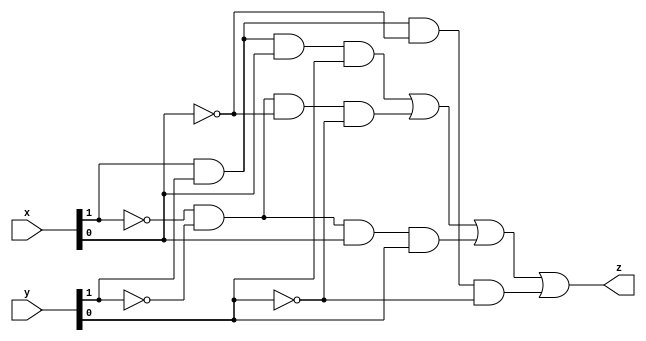
module comparator2bit(
    input wire [1:0] x,
    input wire [1:0] y,
    output wire z
);
assign z=( x[1] & y[1] & x[0] & y[0] ) |
         (~x[1] &~y[1] &~x[0] &~y[0] ) |
         (~x[1] &~y[1] & x[0] & y[0] ) |
         ( x[1] & y[1] &~x[0] &~y[0] ) ;


endmodule